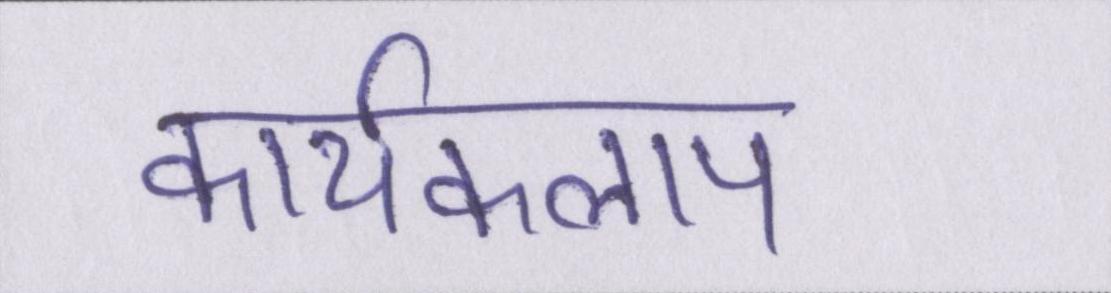
कार्यकलाप